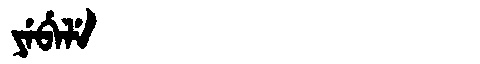
Manchu: ᠶᡝᠪᡝᠯᡝ
Romanization: YEBELE